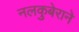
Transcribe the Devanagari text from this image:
नलकुबेराने